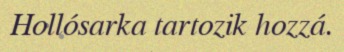
Hollósarka tartozik hozzá.